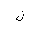
Letter: _lam